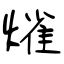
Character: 熦